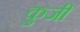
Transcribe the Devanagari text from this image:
कुजी